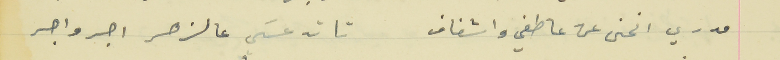
مدري انحنى عن عاطفي واشفاف                                  تا تدعسَي عالزهر اجر واجر